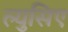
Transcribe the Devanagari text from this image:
ल्युसिए